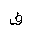
Letter: _fa